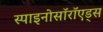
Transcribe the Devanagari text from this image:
स्पाइनोसॉरॉएड्स